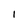
Character: 1